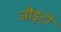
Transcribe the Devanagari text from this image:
जौइंटों